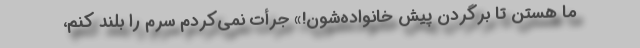
ما هستن تا برگردن پیش خانواده‌شون!» جرأت نمی‌کردم سرم را بلند کنم،